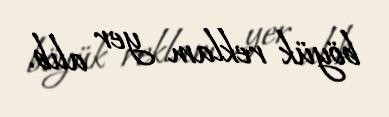
böyük reklam yer alıb.